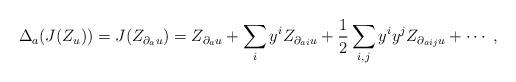
LaTeX: \begin{align*}\Delta_a(J(Z_u))=J(Z_{\partial_a u})= Z_{\partial_a u} +\sum_{i}y^i Z_{\partial_{ai} u} + {1\over 2}\sum_{i,j}y^i y^j Z_{\partial_{aij} u} + \cdots\;,\end{align*}